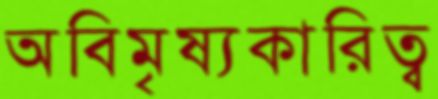
অবিমৃষ্যকারিত্ব